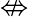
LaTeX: \nLeftrightarrow